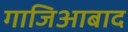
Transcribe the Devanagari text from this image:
गाजिआबाद